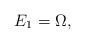
LaTeX: \begin{align*} E_1 = \Omega, \end{align*}